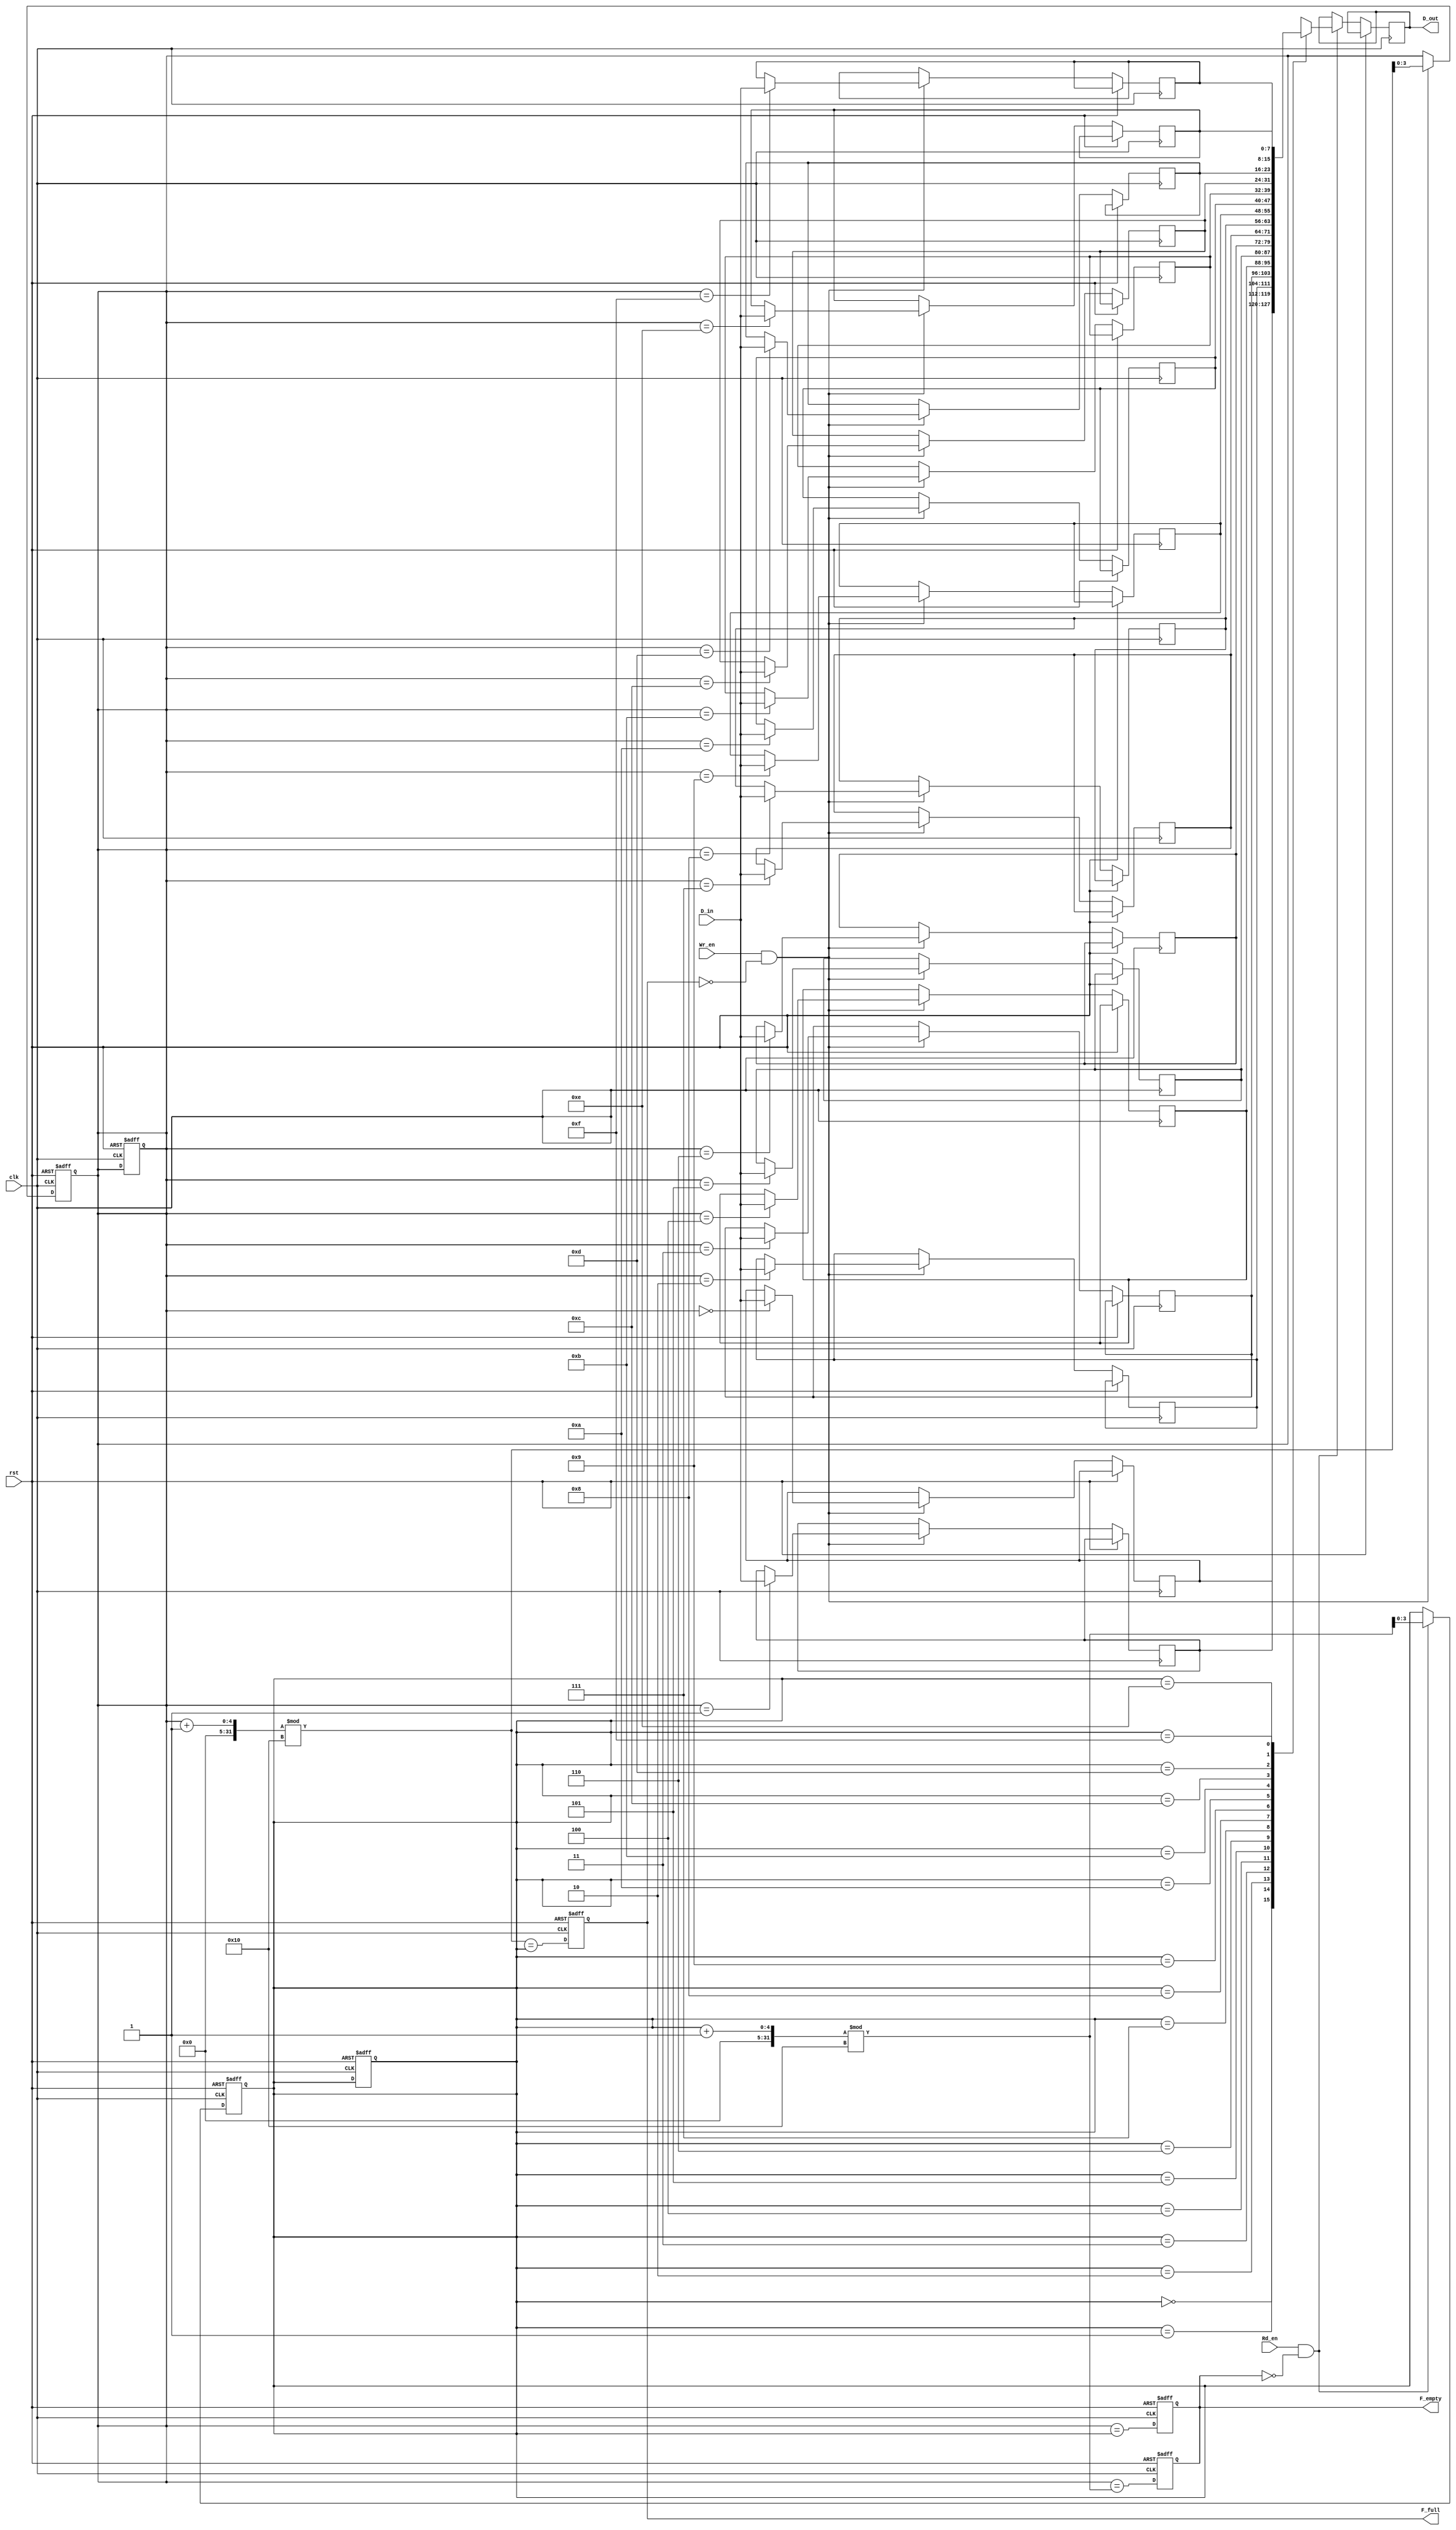
module fifo_sram #(
    parameter DEPTH = 16,  // Number of entries in the FIFO
    parameter WIDTH = 8    // Width of each entry in bits
)(
    input wire clk,         // Clock signal
    input wire rst,         // Reset signal
    input wire [WIDTH-1:0] D_in,  // Data input
    input wire Wr_en,       // Write enable
    input wire Rd_en,       // Read enable
    output reg [WIDTH-1:0] D_out, // Data output
    output reg F_full,      // Full flag
    output reg F_empty      // Empty flag
);

    // Memory array declaration
    reg [WIDTH-1:0] mem_array [0:DEPTH-1];

    // Pointer declarations
    reg [clog2(DEPTH)-1:0] WPtr; // Write pointer
    reg [clog2(DEPTH)-1:0] RPtr; // Read pointer

    // Function to calculate log2
    function integer clog2;
        input integer value;
        begin
            value = value - 1;
            for (clog2 = 0; value > 0; clog2 = clog2 + 1)
                value = value >> 1;
        end
    endfunction

    // Initial state
    initial begin
        WPtr = 0;
        RPtr = 0;
        F_full = 0;
        F_empty = 1;
    end

    // Write operation
    always @(posedge clk or posedge rst) begin
        if (rst) begin
            WPtr <= 0;
            RPtr <= 0;
            F_full <= 0;
            F_empty <= 1;
        end else begin
            if (Wr_en && !F_full) begin
                mem_array[WPtr] <= D_in; // Write data to memory
                WPtr <= (WPtr + 1) % DEPTH; // Increment write pointer
            end
            // Update full flag
            F_full <= (WPtr + 1) % DEPTH == RPtr;
            // Update empty flag
            F_empty <= (WPtr == RPtr);
        end
    end

    // Read operation
    always @(posedge clk or posedge rst) begin
        if (rst) begin
            WPtr <= 0;
            RPtr <= 0;
            F_full <= 0;
            F_empty <= 1;
        end else begin
            if (Rd_en && !F_empty) begin
                D_out <= mem_array[RPtr]; // Read data from memory
                RPtr <= (RPtr + 1) % DEPTH; // Increment read pointer
            end
            // Update empty flag
            F_empty <= (WPtr == (RPtr + 1) % DEPTH);
            // Update full flag
            F_full <= (WPtr + 1) % DEPTH == RPtr;
        end
    end

endmodule